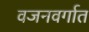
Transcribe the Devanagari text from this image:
वजनवर्गात